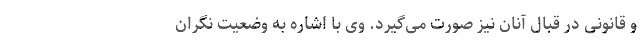
و قانونی در قبال آنان نیز صورت می‌گیرد. وی با اشاره به وضعیت نگران